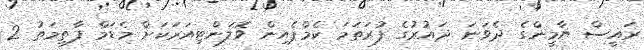
ރައީސް ޔާމީންގެ ދެވަނަ ދައުރުގެ ފުރަތަމަ ކެމްޕެއިން ވޮލަންޓިއަރަކަށް މެޑަމް ފާތިމަތު 2